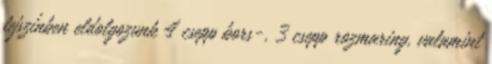
tejszínben eldolgozunk 4 csepp bors-, 3 csepp rozmaring, valamint